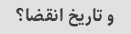
و تاریخ انقضا؟